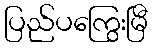
ပြည်ပကြွေးမြီ